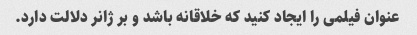
عنوان فیلمی را ایجاد کنید که خلاقانه باشد و بر ژانر دلالت دارد.